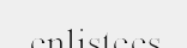
enlistees